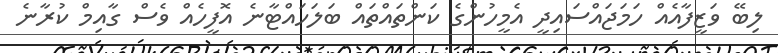
ލިބޭ ވަޒީފާއެއް ހަމަޖައްސައިދީ އެމީހުންގެ ކަންތައްތައް ބަލަހައްޓާނެ އޮފީހެއް ވެސް ގާއިމް ކުރާނެ